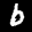
Label: 6